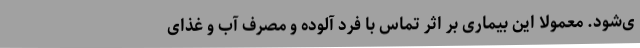
ی‌شود. معمولا این بیماری بر اثر تماس با فرد آلوده و مصرف آب و غذای